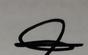
Signature authenticity: genuine